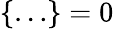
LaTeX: \left\{ \dots\right\} =0